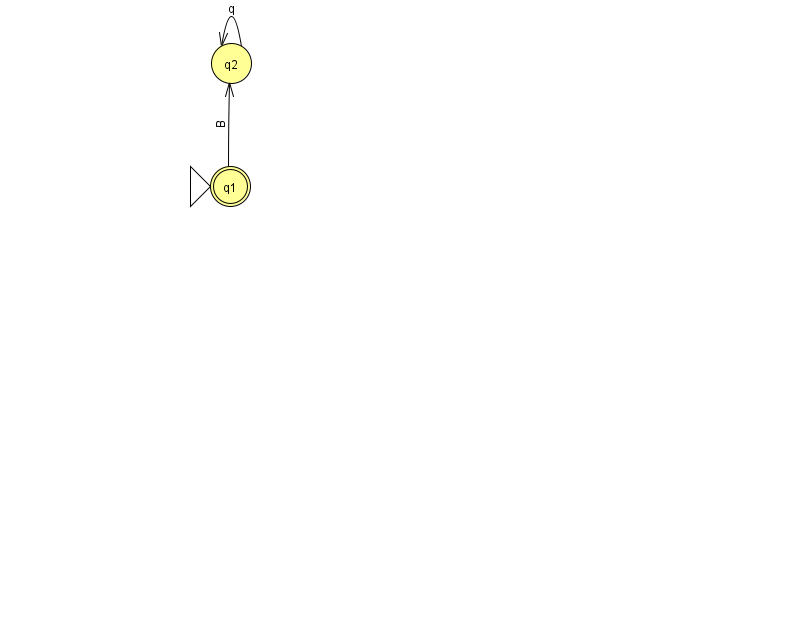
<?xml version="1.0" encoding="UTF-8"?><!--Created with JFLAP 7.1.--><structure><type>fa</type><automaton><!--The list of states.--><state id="1" name="q1"><x>230.0</x><y>173.0</y><initial/><final/></state><state id="2" name="q2"><x>231.0</x><y>50.0</y></state><!--The list of transitions.--><transition><from>2</from><to>2</to><read>q</read></transition><transition><from>1</from><to>2</to><read>B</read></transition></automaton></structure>